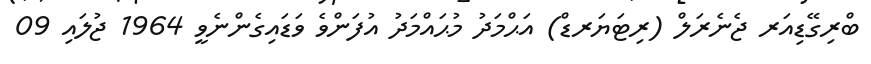
ބްރިގޭޑިއަރ ޖެނެރަލް (ރިޓަޔަރޑް) އަޙްމަދު މުޙައްމަދު އުފަންވެ ވަޑައިގެންނެވީ 1964 ޖުލައި 09